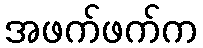
အဖက်ဖက်က